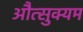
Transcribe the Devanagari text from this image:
औत्सुक्यम